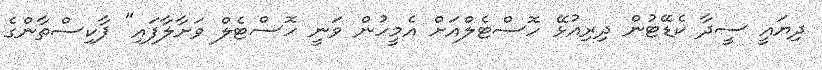
ދިޔައީ ސީދާ ކެޑޭޓުން ދިރިއުޅޭ ހޮސްޓެލްއަށް އެމީހުން ވަނީ ހޮސްޓެލް ވަށާލާފައި" ޕާކިސްތާންގެ